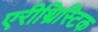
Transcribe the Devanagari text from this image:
एरीथ्रिस्टिक